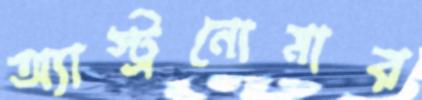
অ্যাস্ট্রনোমার